Scottish Leaving Certificate Examination, 1953
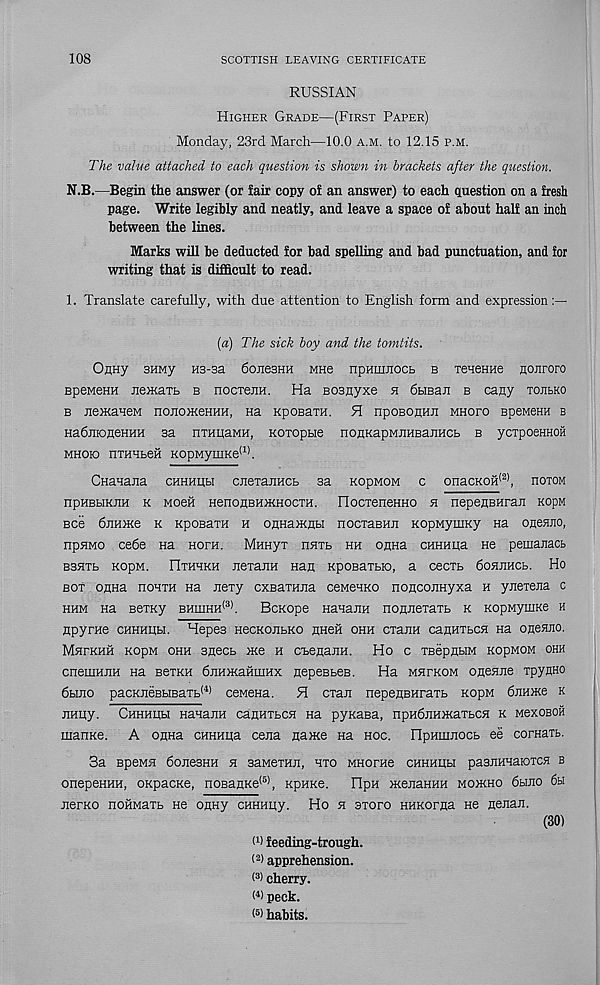
108
SCOTTISH LEAVING CERTIFICATE
RUSSIAN
Higher Grade—(First Paper)
Monday, 23rd March—10.0 a.m. to 12.15 p.m.
The value attached to each question is shown in brackets after the question.
N.B.—Begin the answer (or fair copy of an answer) to each question on a fresh
page. Write legibly and neatly, and leave a space of about half an inch
between the lines.
Marks will be deducted for bad spelling and bad punctuation, and for
writing that is difficult to read.
1. Translate carefully, with due attention to English form and expression:—
(a) The sick boy and the tomtits.
OflHy 3HMy H3-sa donesHH MHe npHiunocb b TeneHHe nonroro
BpeMeHH nextcLTh b nocrejiH. Ha Bosnyxe h dbiBan b cany tojibko
b nemaneM nonojKeHHH, Ha KpoBain. H npoBonHii mhofo BpeMeHH b
HadnioneHHH sa nTHqaMH, Koropbie noflKapMJiHBanHCb b ycxpoeHHOH
MHOK3 HTHHbeH KopMymKe (1) .
CHaHana chkhiibi cnexaiiHCb sa KopMOM c onacKoii (2) , hoxom
npHBbiKJin k Moeii HenoHBHiKHoexH. FIocxeneHHO h nepenBHran KopM
Bee OnHiKe k KpoBaxH h onHaiKHbi nocxaBHJi KopMyuiKy na onenno,
npHMO cede na Horn. Mnnyx hhxb hh onna CHHHiia He pemanacb
BBHXb KOpM. IlXHHKH JieXanH Han KpOBaXbK), a cecxb OoHJIHCb. Ho
box onna hohxh Ha nexy cxsaxHua ceMeuKo nonconHyxa h ynexena c
hhm Ha Bexny bhuihh 131 .
BcKope HauajiH nonnexaxb k KopMyuiKe h
npyrne chhhiih. Hepes HecKoribKo hhch ohh cxaira canHXbca na onenno.
MHrKHH KOpM OHH SgeCb me H CEenailH. Ho c XBepnbIM KopMOM OHH
cneuiHJiH Ha BexKH djinmaHiiiHx nepesbeB.
Ha mhxkom onenne xpynno
6bino pacKiieBHBaxb (4) ceMena. H cxan nepeneHraxb KopM diiHme k
jiHiiy. Chhhiih HanaiiH canHXbcn na pyKasa, npHdiiHmaxbCH k mcxoboh
manKe. A onna CHHHiia cena name na hoc. npHinnocb ee corHaxb.
3a BpeMH donesHH h saMexHii, hxo MHorae chhhhh paanHHaioxcsi b
onepeHHH, OKpacKe, noBanKe (5) , KpHKe. HpH menaHHH moikho dtuio 6a
JierKO noiiMaxb He onny CHHHiiy. Ho h axoro HHKorna He nenan.
(30)
O) feeding-trough.
(2 > apprehension.
< 3 ) cherry.
< 4 ) peck,
habits.